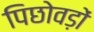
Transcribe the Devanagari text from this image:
पिछोवड़ों